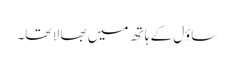
ساؤل کے ہا تھ میں بھا لا تھا۔